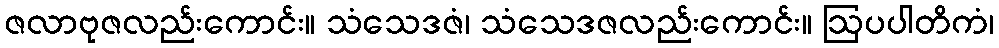
ဇလာဗုဇလည်းကောင်း။ သံသေဒဇံ၊ သံသေဒဇလည်းကောင်း။ ဩပပါတိကံ၊